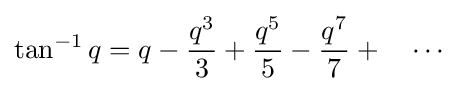
\tan ^{-1}q=q-{\frac {q^{3}}{3}}+{\frac {q^{5}}{5}}-{\frac {q^{7}}{7}}+\quad \cdots